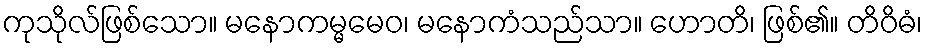
ကုသိုလ်ဖြစ်သော။ မနောကမ္မမေဝ၊ မနောကံသည်သာ။ ဟောတိ၊ ဖြစ်၏။ တိဝိဓံ၊